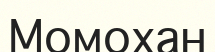
Момохан